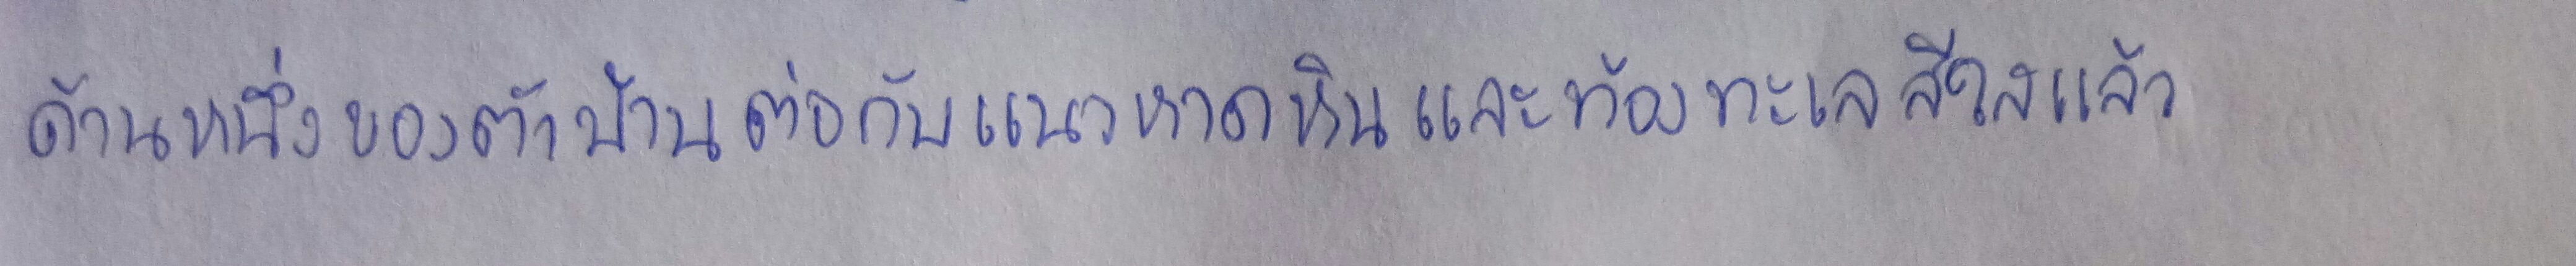
ด้านหนึ่งของตัวบ้านต่อกับแนวหาดหินและท้องทะเลสีใสแล้ว